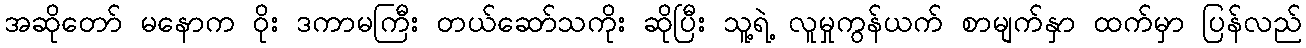
အဆိုတော် မနောက ဝိုး ဒကာမကြီး တယ်ဆော်သကိုး ဆိုပြီး သူ့ရဲ့ လူမှုကွန်ယက် စာမျက်နှာ ထက်မှာ ပြန်လည်